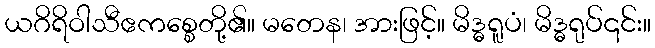
ယဂိရိဝါသီဧကစ္စေတို့၏။ မတေန၊ အားဖြင့်။ မိဒ္ဓရူပံ၊ မိဒ္ဓရုပ်၎င်း။